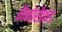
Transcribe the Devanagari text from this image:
नैनोसैकंड